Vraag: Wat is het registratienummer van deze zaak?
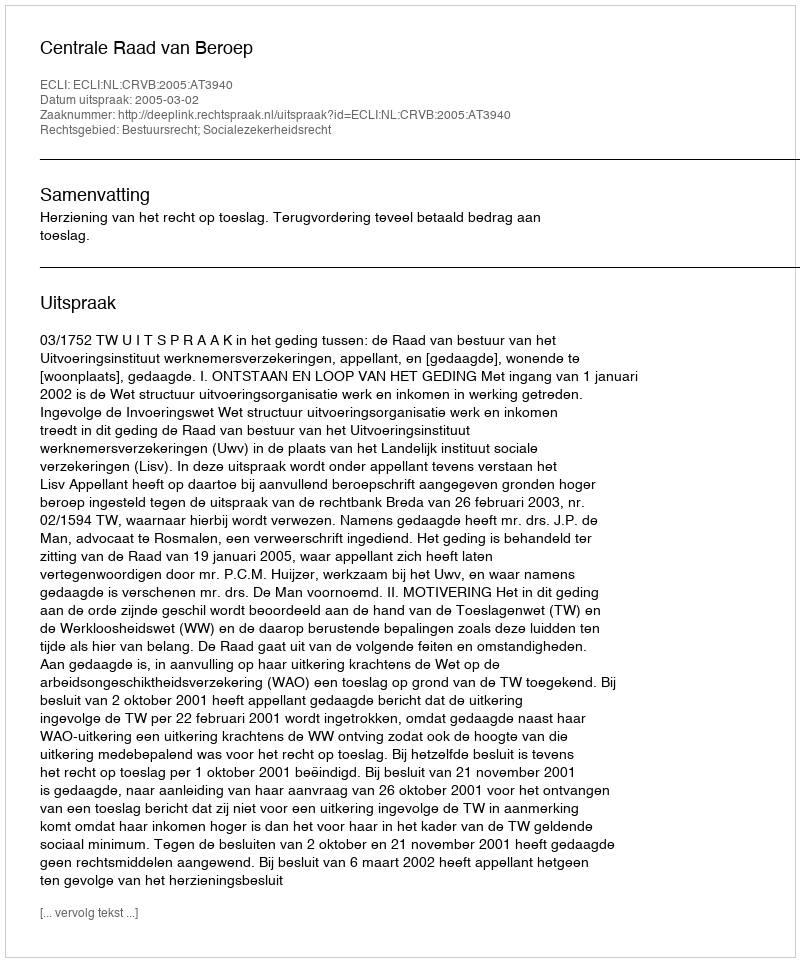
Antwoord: http://deeplink.rechtspraak.nl/uitspraak?id=ECLI:NL:CRVB:2005:AT3940